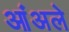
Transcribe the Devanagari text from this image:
आंअले